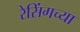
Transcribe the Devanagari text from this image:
रेसिंगच्या